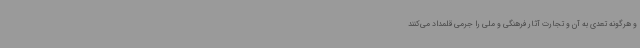
و هرگونه تعدی به آن و تجارت آثار فرهنگی و ملی را جرمی قلمداد می‌کنند